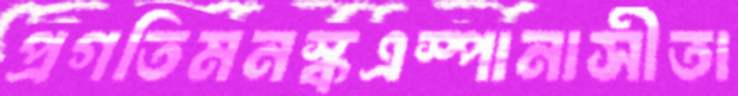
প্রগতিমনস্কএস্পানাসীতা